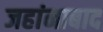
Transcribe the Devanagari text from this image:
जहांनाबाद